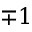
\mp 1